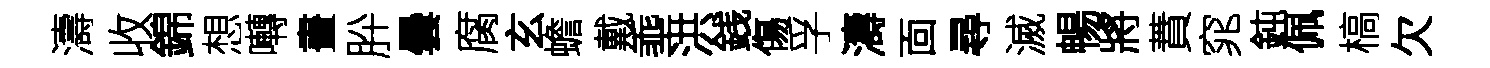
濤收錦想囀畫肸曇腐玄蟾戴埀洪銭傷孚濤靣尋滅暢將蕡窕鈍佩槁欠